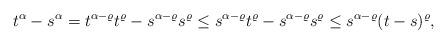
LaTeX: \begin{align*} t^{\alpha} - s^{\alpha}= t^{\alpha-\varrho} t^{\varrho} - s^{\alpha-\varrho} s^{\varrho}\leq s^{\alpha-\varrho} t^{\varrho} - s^{\alpha-\varrho} s^{\varrho}\leq s^{\alpha-\varrho} (t-s)^{\varrho},\end{align*}